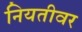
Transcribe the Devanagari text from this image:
नियतीवर